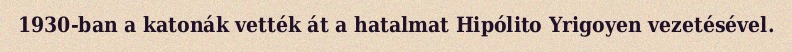
1930-ban a katonák vették át a hatalmat Hipólito Yrigoyen vezetésével.